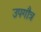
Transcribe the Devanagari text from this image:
उपगौत्र